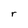
Character: r